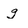
Character: g